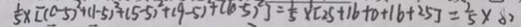
\frac { 1 } { 5 } \times [ ( 0 - 5 ) ^ { 2 } + ( 1 - 5 ) ^ { 2 } + ( 5 - 5 ) ^ { 2 } + ( 9 - 5 ) ^ { 2 } + ( 1 0 - 5 ) ^ { 2 } ] = \frac { 1 } { 5 } \times [ 2 5 + 1 6 + 0 + 1 6 + 2 5 ] = \frac { 2 } { 5 } \times 8 2